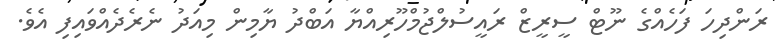
ރަންދިހަ ފަހެއްގެ ނޫޓް ސީރީޒް ރައީސުލްޖުމްހޫރިއްޔާ އަބްދު ޔާމިން މިއަދު ނެރެދެއްވައިފި އެވެ.